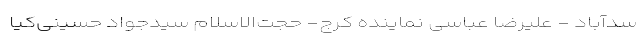
سدآباد - علیرضا عباسی نماینده کرج- حجت‌الاسلام سیدجواد حسینی‌کیا